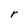
Character: r